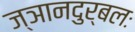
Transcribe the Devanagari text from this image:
ज्ञानदुर्बलः